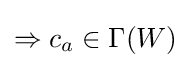
\Rightarrow c_{a}\in \Gamma (W)